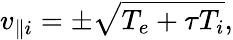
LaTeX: v_{\parallel i}=\pm\sqrt{T_{e}+\tau T_{i}},